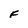
Character: F